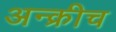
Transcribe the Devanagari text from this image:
अन्क्रीच